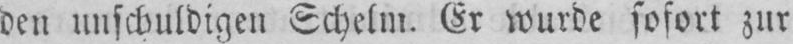
den unschuldigen Schelm. Er wurde sofort zur